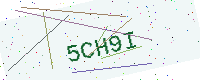
Text: 5CH9I